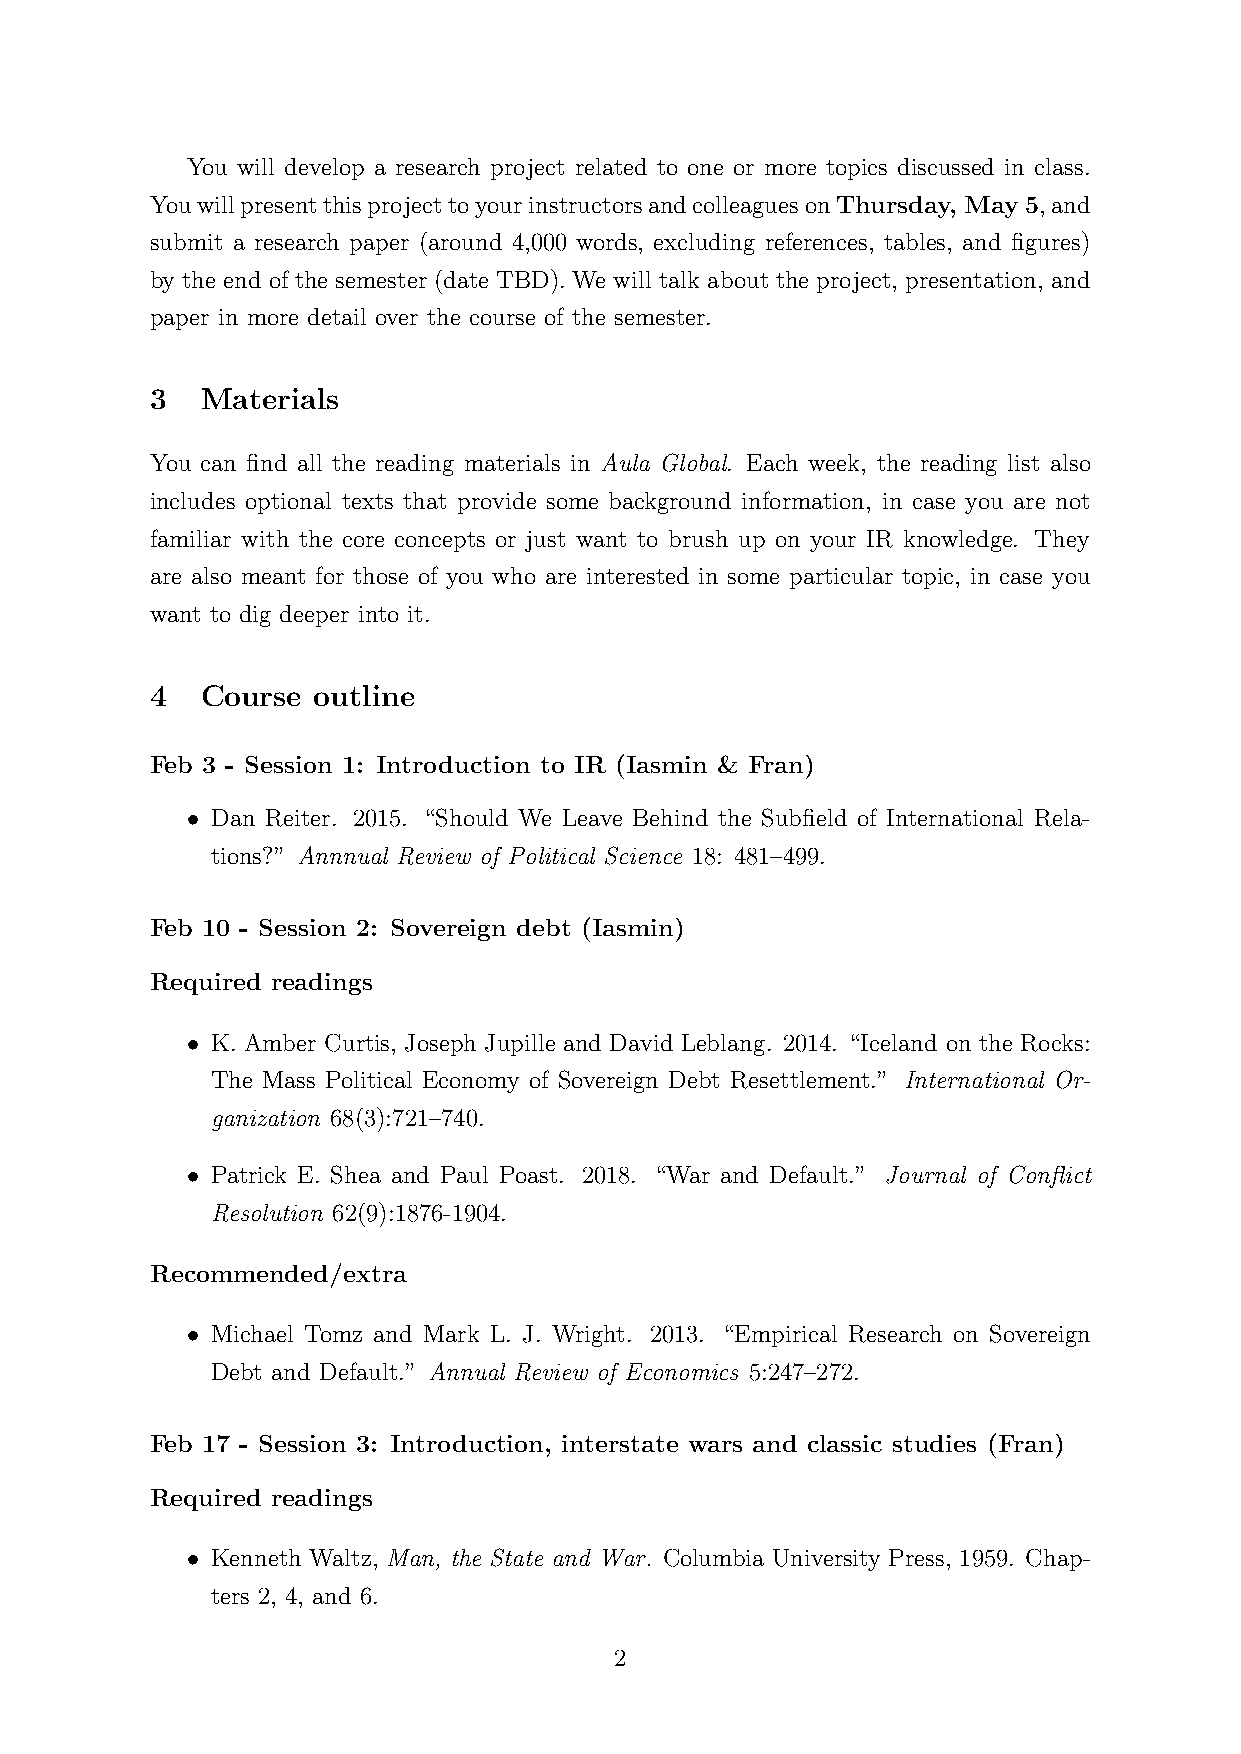
You will develop a research project related to one or more topics discussed in class.
 YouwillpresentthisprojecttoyourinstructorsandcolleaguesonThursday, May 5,and
 submit a research paper (around 4,000 words, excluding references, tables, and figures)
 by the end of the semester (date TBD). We will talk about the project, presentation, and
 paper in more detail over the course of the semester.
 3  Materials
 You can find all the reading materials in Aula Global. Each week, the reading list also
 includes optional texts that provide some background information, in case you are not
 familiar with the core concepts or just want to brush up on your IR knowledge. They
 are also meant for those of you who are interested in some particular topic, in case you
 want to dig deeper into it.
 4  Course  outline
 Feb 3 - Session 1: Introduction to IR (Iasmin & Fran)
 • Dan Reiter. 2015. “Should We Leave Behind the Subfield of International Rela-
 tions?” Annnual Review of Political Science 18: 481–499.
 Feb 10 - Session 2: Sovereign debt (Iasmin)
 Required readings
 • K. Amber Curtis, Joseph Jupille and David Leblang. 2014. “Iceland on the Rocks:
 The Mass Political Economy of Sovereign Debt Resettlement.” International Or-
 ganization 68(3):721–740.
 • Patrick E. Shea and Paul Poast. 2018. “War and Default.” Journal of Conflict
 Resolution 62(9):1876-1904.
 Recommended/extra
 • Michael Tomz and Mark L. J. Wright. 2013. “Empirical Research on Sovereign
 Debt and Default.” Annual Review of Economics 5:247–272.
 Feb 17 - Session 3: Introduction, interstate wars and classic studies (Fran)
 Required readings
 • Kenneth Waltz, Man, the State and War. Columbia University Press, 1959. Chap-
 ters 2, 4, and 6.
 2